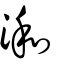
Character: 𣷓